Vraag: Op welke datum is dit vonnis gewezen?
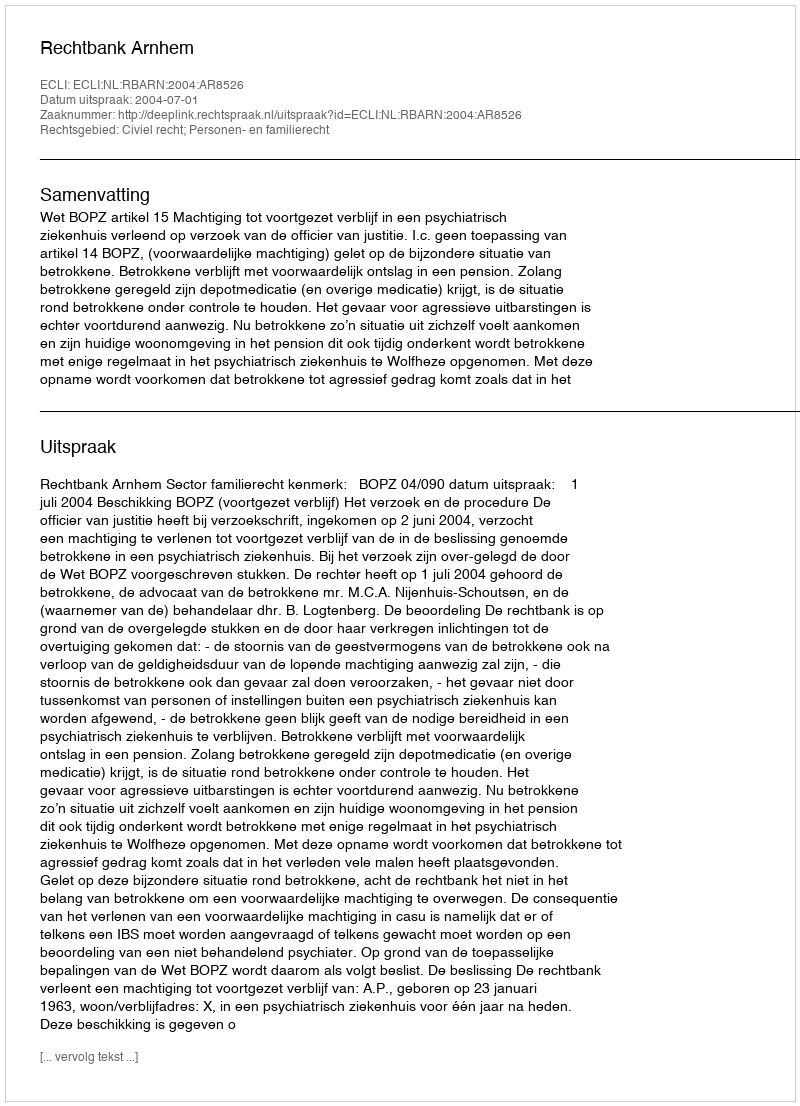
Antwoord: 2004-07-01